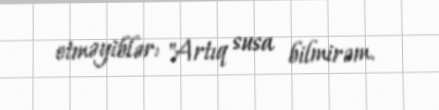
etməyiblər: "Artıq susa bilmirəm.